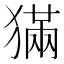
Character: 𤡁